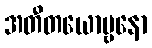
အတီတယောဗ္ဗနော